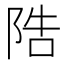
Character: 䧊